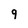
Character: 9